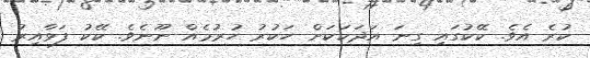
ކުރެ އެވެ. ކޭކުގައި ގިނަ އަދަކަކަށް ހަކުރު ހުރުމެއް ނޫނެވެ. ކޭކު ފަޅާއިރު